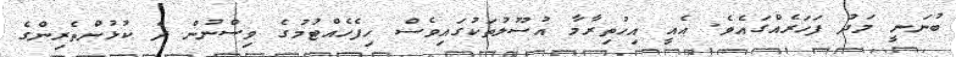
ބުނަނީ މަދު ފަހަރެއްގައެވެ. އެއީ އިހުތިރާމާ އުސޫލުތަކުގައިވެސް ހިފެހެއްޓުމުގެ ވިސްނުން ދެ ކުޅުންތެރިންގެ